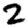
Digit: 2